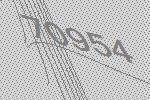
70954